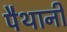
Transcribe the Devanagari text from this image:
पैथानी